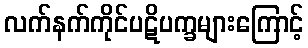
လက်နက်ကိုင်ပဋိပက္ခများကြောင့်